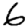
Digit: 6